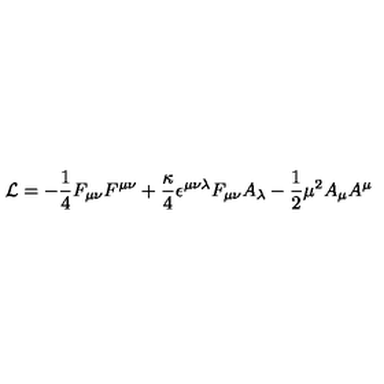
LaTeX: { \cal L } = - { \frac { 1 } { 4 } } F _ { \mu \nu } F ^ { \mu \nu } + { \frac { \kappa } { 4 } } \epsilon ^ { \mu \nu \lambda } F _ { \mu \nu } A _ { \lambda } - { \frac { 1 } { 2 } } \mu ^ { 2 } A _ { \mu } A ^ { \mu }